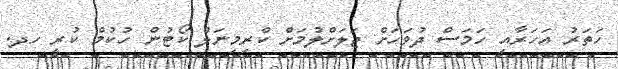
ހަތަރު އަހަރާއި ހަމަސް ދުވަހަށް ޖަލަށްލުމަށް ކްރިމިނަލް ކޯޓުން ހުކުމް ކުރީ ހދ.